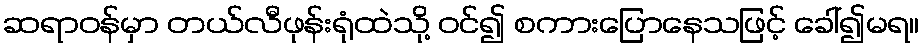
ဆရာဝန်မှာ တယ်လီဖုန်းရုံထဲသို့ ဝင်၍ စကားပြောနေသဖြင့် ခေါ်၍မရ။